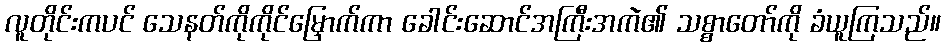
လူတိုင်းကပင် သေနတ်ကိုကိုင်မြှောက်ကာ ခေါင်းဆောင်အကြီးအကဲ၏ သစ္စာတော်ကို ခံယူကြသည်။